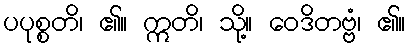
ပပုစ္စတိ၊ ၏။ ဣတိ၊ သို့။ ဝေဒိတဗ္ဗံ၊ ၏။